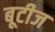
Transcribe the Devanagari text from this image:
बूटीज